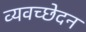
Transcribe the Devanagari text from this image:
व्यवच्छेदन